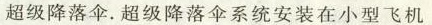
超级降落伞。超级降落伞系统安装在小型飞机